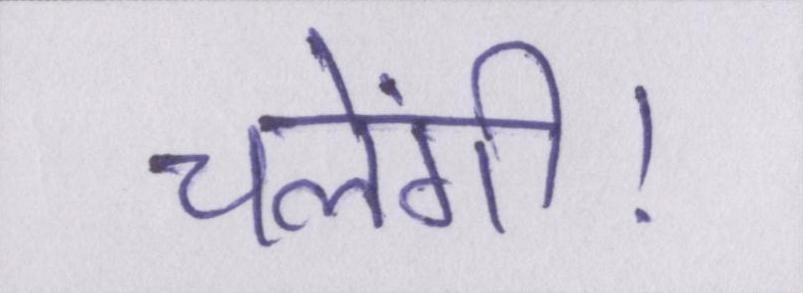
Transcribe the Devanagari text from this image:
चलेंगी।